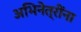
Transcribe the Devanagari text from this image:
अभिनेत्रींना